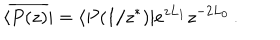
LaTeX: \langle \overline { { { P ( z ) } } } | = \langle P ( 1 / z ^ { \ast } ) | e ^ { z L _ { 1 } } { z } ^ { - 2 L _ { 0 } } \, .